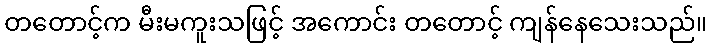
တတောင့်က မီးမကူးသဖြင့် အကောင်း တတောင့် ကျန်နေသေးသည်။